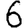
Digit: 6